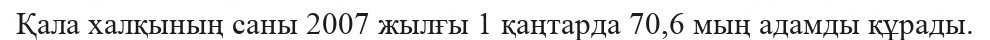
Қала халқының саны 2007 жылғы 1 қаңтарда 70,6 мың адамды құрады.